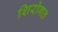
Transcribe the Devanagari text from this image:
शिरोगत